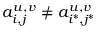
a _ { i , j } ^ { u , v } \neq a _ { i ^ { * } , j ^ { * } } ^ { u , v }